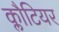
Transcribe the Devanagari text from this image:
क्लौटियर